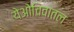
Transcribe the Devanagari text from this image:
येओचिवातल